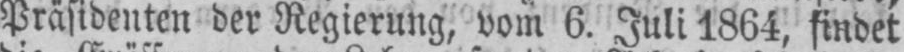
Präsidenten der Regierung, vom 6. Juli 1864, findet